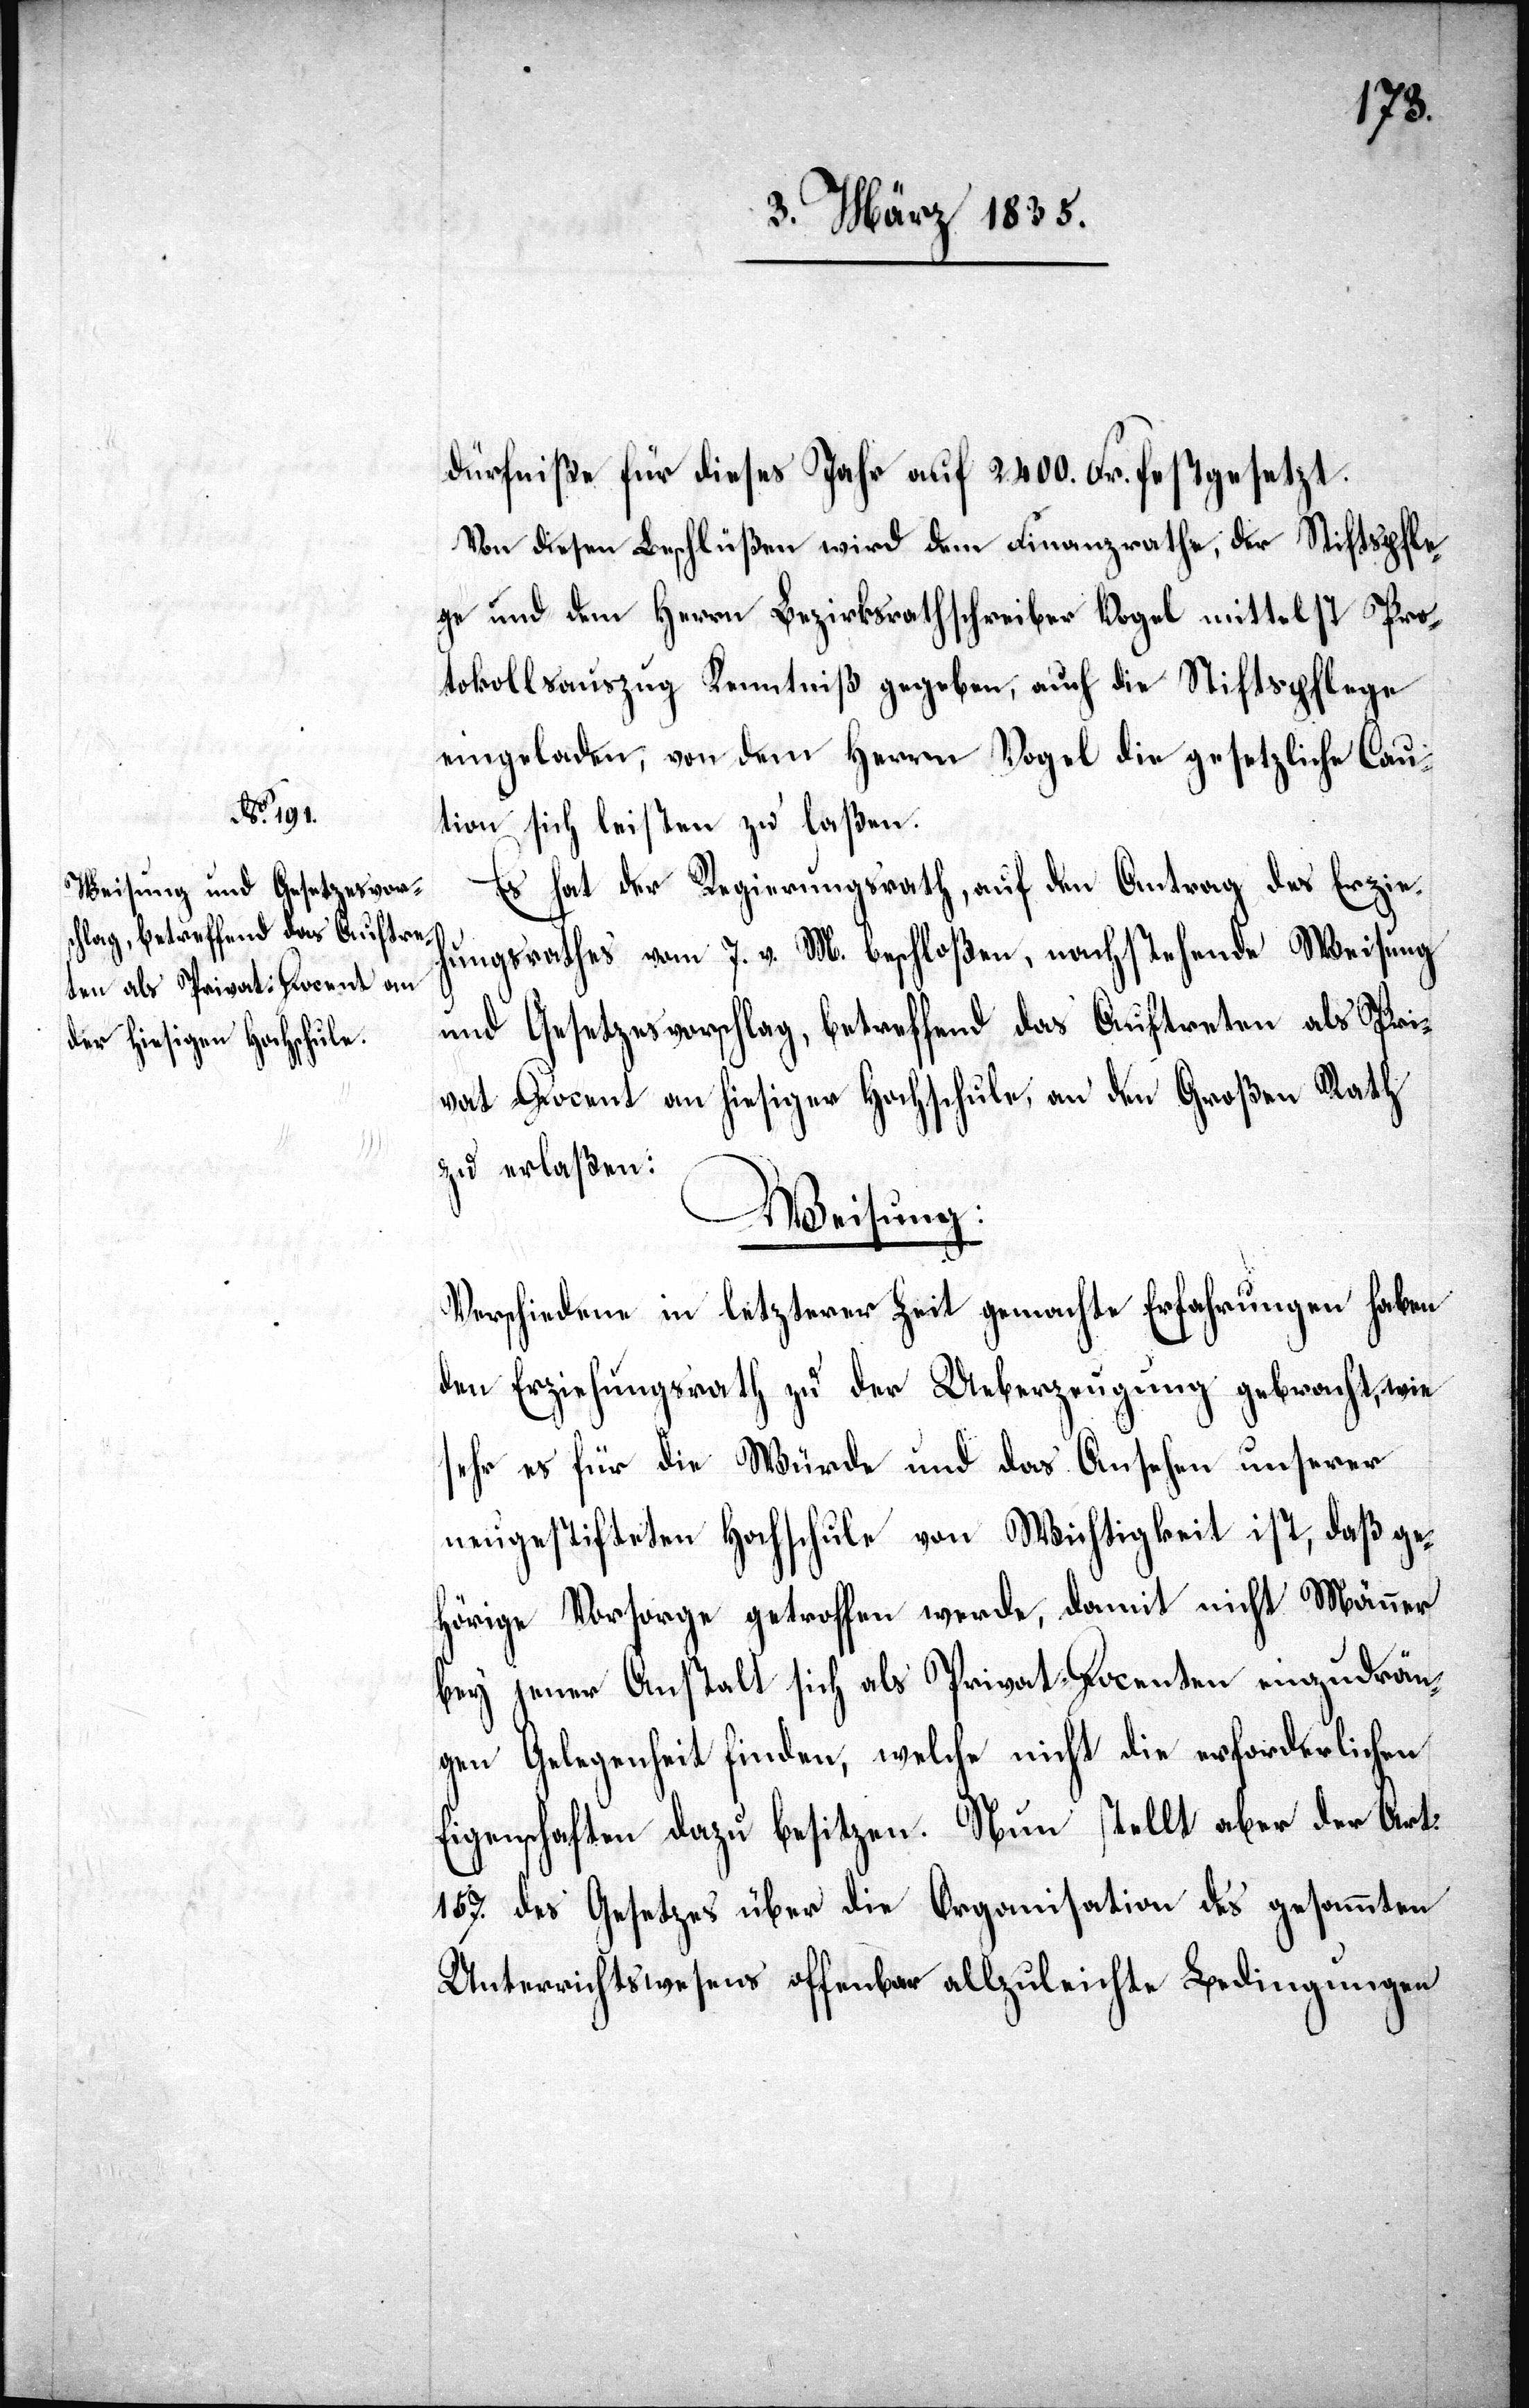
dürfniße für dieses Jahr auf 2400. Fr. festgesetzt.
Von diesen Beschlüßen wird dem Finanzrathe, der Stiftspfle¬
ge und dem Herrn Bezirksrathschreiber Vogel mittelst Pro¬
tokollsauszug Kenntniß gegeben, auch die Stiftspflege
eingeladen, von dem Herrn Vogel die gesetzliche Cau¬
tion sich leisten zu laßen.
Es hat der Regierungsrath, auf den Antrag des Erzieh¬
ungsrathes vom 7. v. M. beschloßen, nachstehende Weisung
und Gesetzesvorschlag, betreffend das Auftreten als Pri¬
vat–Docent an hiesiger Hochschule, an den Großen Rath
zu erlaßen:
Weisung:
Verschiedene in letzterer Zeit gemachte Erfahrungen haben
den Erziehungsrath zu der Ueberzeugung gebracht, wie
sehr es für die Würde und das Ansehen unserer
neugestifteten Hochschule von Wichtigkeit ist, daß ge¬
hörige Vorsorge getroffen werde, damit nicht Männer
bey jener Anstalt sich als Privat-Docenten einzudrän¬
gen Gelegenheit finden, welche nicht die erforderlichen
Eigenschaften dazu besitzen. Nun stellt aber der Art:
157. des Gesetzes über die Organisation des gesammten
Unterrichtswesens offenbar allzuleichte Bedingungen